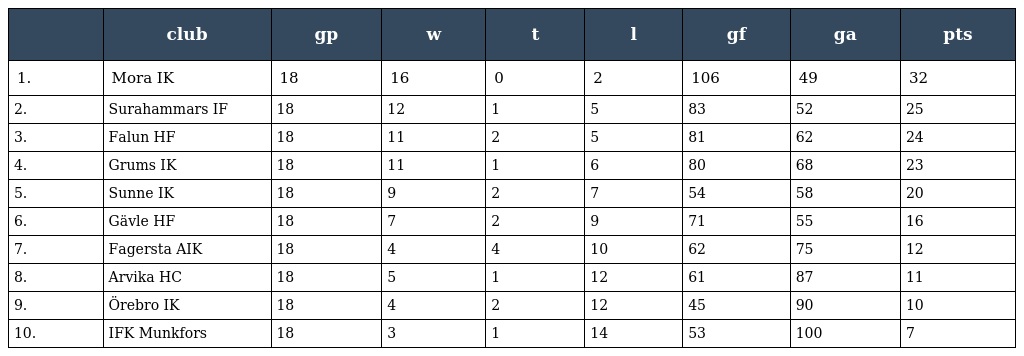
|  | club | gp | w | t | l | gf | ga | pts |
 | --- | --- | --- | --- | --- | --- | --- | --- | --- |
 | 1. | Mora IK | 18 | 16 | 0 | 2 | 106 | 49 | 32 |
 | 2. | Surahammars IF | 18 | 12 | 1 | 5 | 83 | 52 | 25 |
 | 3. | Falun HF | 18 | 11 | 2 | 5 | 81 | 62 | 24 |
 | 4. | Grums IK | 18 | 11 | 1 | 6 | 80 | 68 | 23 |
 | 5. | Sunne IK | 18 | 9 | 2 | 7 | 54 | 58 | 20 |
 | 6. | Gävle HF | 18 | 7 | 2 | 9 | 71 | 55 | 16 |
 | 7. | Fagersta AIK | 18 | 4 | 4 | 10 | 62 | 75 | 12 |
 | 8. | Arvika HC | 18 | 5 | 1 | 12 | 61 | 87 | 11 |
 | 9. | Örebro IK | 18 | 4 | 2 | 12 | 45 | 90 | 10 |
 | 10. | IFK Munkfors | 18 | 3 | 1 | 14 | 53 | 100 | 7 |